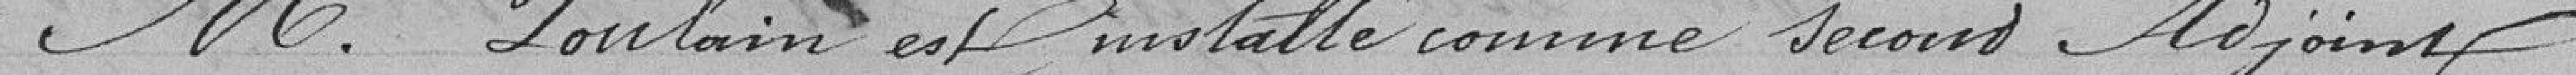
Monsieur Poulain est installé comme second adjoint